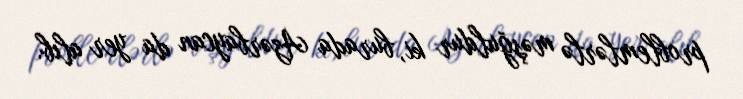
problemlərlə məşğuldur ki, burada Azərbaycan da yer alıb.